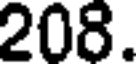
208.